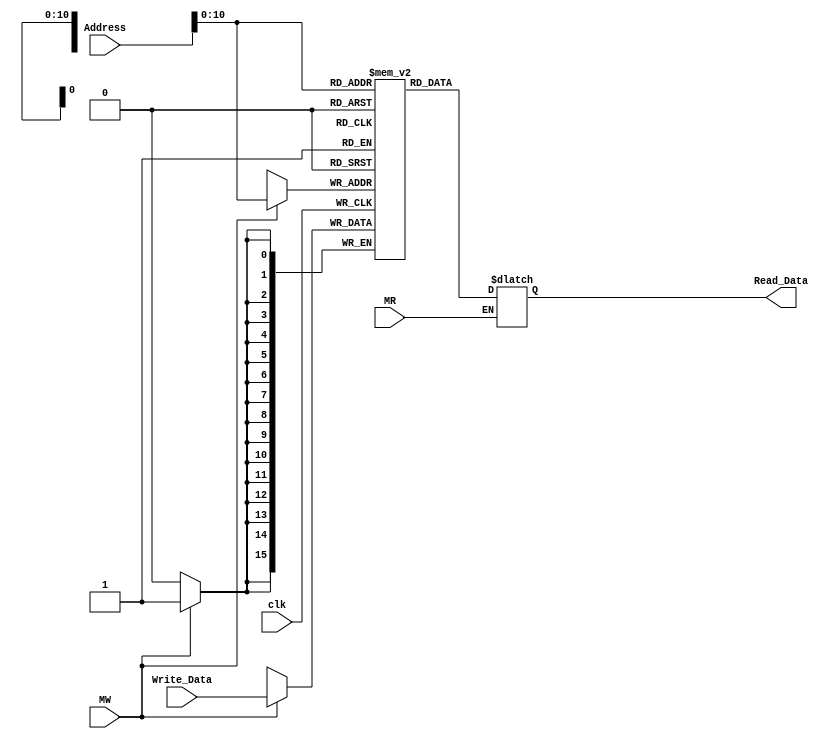

module Memory(Address, Write_Data,Read_Data,MW,MR,clk);

input [31:0]Address;
input  MW,MR,clk;
input [15:0]Write_Data;
output reg [15:0]Read_Data;
reg [15:0]memory[0:2047];

always @(posedge clk ) begin
	if( MW ==1)
	begin
	memory[Address[10:0]]=Write_Data[15:0];
	end
end
always @(*) begin
	if( MR ==1)
	begin
	Read_Data=memory[Address[10:0]];
	end
end
endmodule